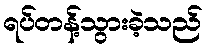
ရပ်တန့်သွားခဲ့သည်